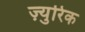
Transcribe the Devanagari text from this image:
ज़्युरिक